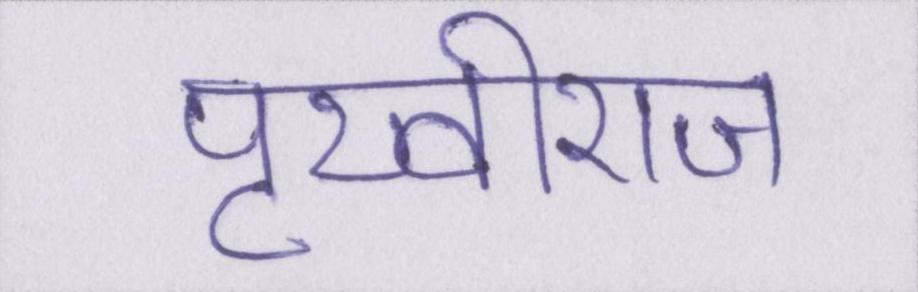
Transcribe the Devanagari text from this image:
पृथ्वीराज